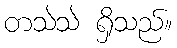
တသဲသဲ ရှိသည်။